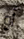
أو